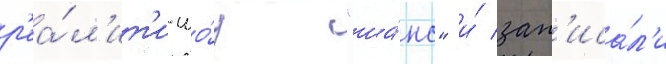
р'еа́л'ит'и-шо́у "ша́нс" и́ зап'иса́л'и